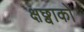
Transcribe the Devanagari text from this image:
क्षछ्वाको